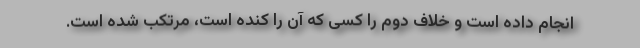
انجام داده است و خلاف دوم را کسی که آن را کنده است، مرتکب شده است.